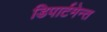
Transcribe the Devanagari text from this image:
डिपार्टमेन्त